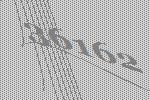
36162